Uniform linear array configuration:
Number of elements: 24
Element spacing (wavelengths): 0.5
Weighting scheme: cosine
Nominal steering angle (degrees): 30
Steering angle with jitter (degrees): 29.424
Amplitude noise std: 0.05
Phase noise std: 0.05

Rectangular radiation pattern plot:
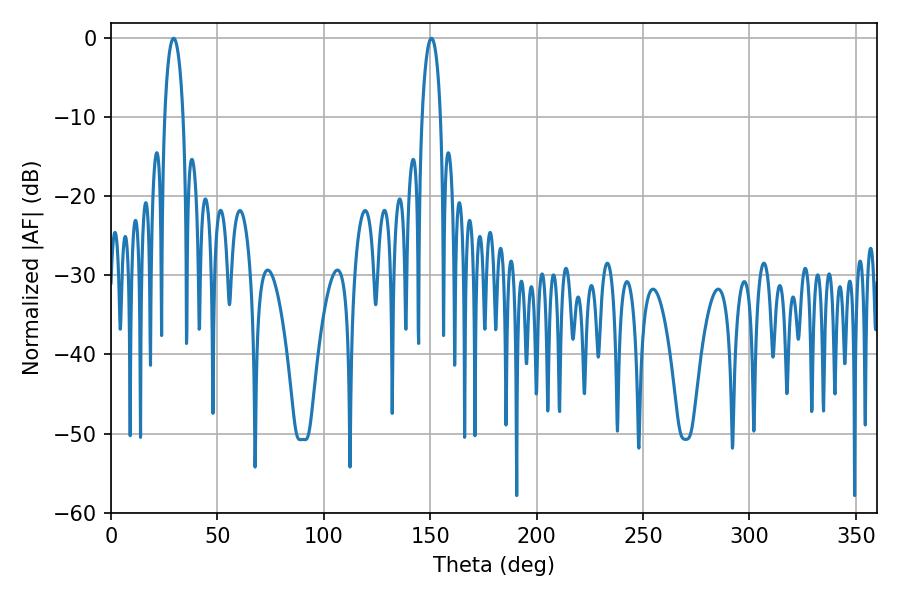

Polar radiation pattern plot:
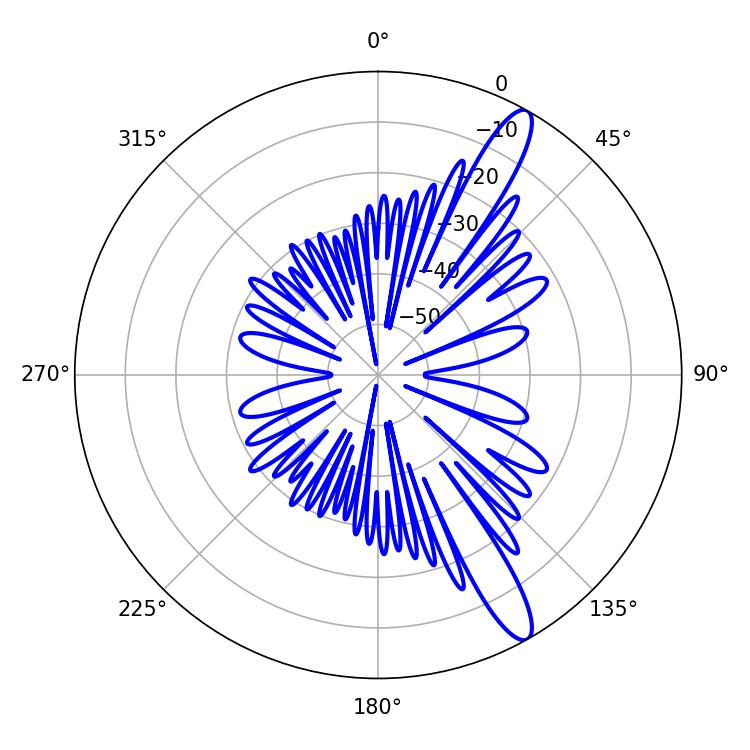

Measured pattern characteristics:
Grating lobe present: FALSE
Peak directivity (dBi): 13.214
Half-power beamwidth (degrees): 4.86
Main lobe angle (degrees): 29.52